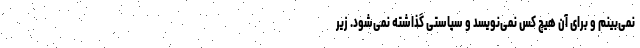
نمی‌بینم و برای آن هیچ کس نمی‌نویسد و سیاستی گذاشته نمی‌شود. زیر